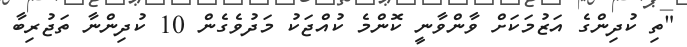
"ތި ކުދިންގެ އަޒުމަކަށް ވާންވާނީ ކޮންމެ ކުއްޖަކު މަދުވެގެން 10 ކުދިންނާ ތަޖުރިބާ